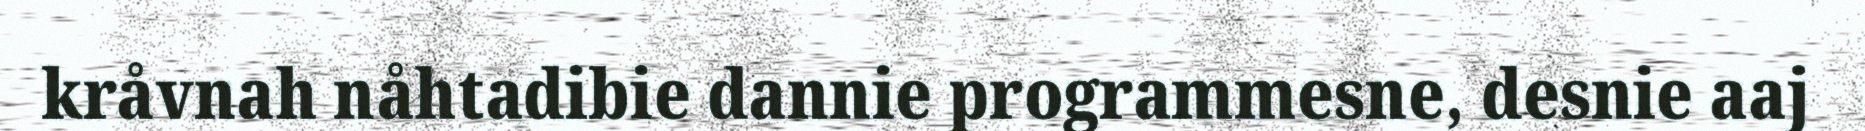
kråvnah nåhtadibie dannie programmesne, desnie aaj